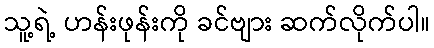
သူ့ရဲ့ ဟန်းဖုန်းကို ခင်ဗျား ဆက်လိုက်ပါ။